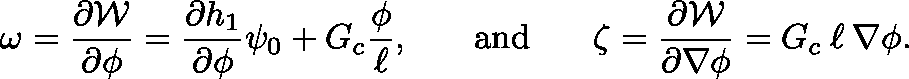
\omega = \frac { \partial \mathcal { W } } { \partial \phi } = \frac { \partial h _ { 1 } } { \partial \phi } \psi _ { 0 } + G _ { c } \frac { \phi } { \ell } , \, \, \, \, \, \, \, \, \, \, \, \mathrm { a n d } \, \, \, \, \, \, \, \, \, \, \, \mathbf { \zeta } = \frac { \partial \mathcal { W } } { \partial \nabla \phi } = G _ { c } \: \ell \: \nabla \phi .